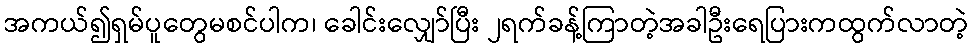
အကယ်၍ရှမ်ပူတွေမစင်ပါက၊ ခေါင်းလျှော်ပြီး ၂ရက်ခန့်ကြာတဲ့အခါဦးရေပြားကထွက်လာတဲ့